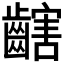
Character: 𪙏